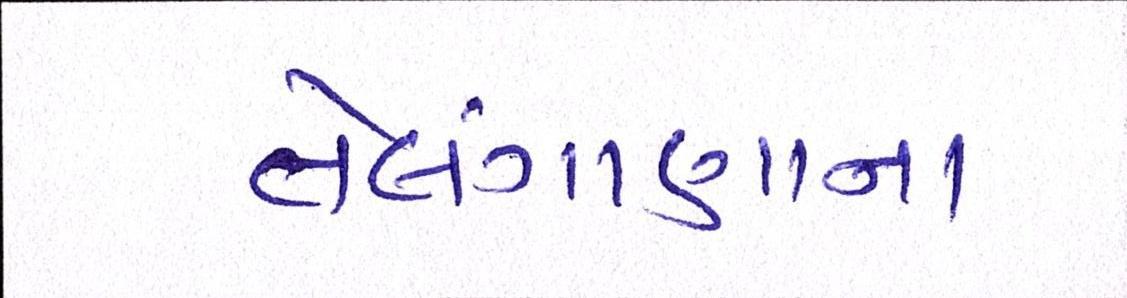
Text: તેલંગાણાના